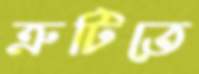
ত্রুটিতে